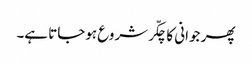
پھر جوانی کا چکّر شروع ہوجاتا ہے۔